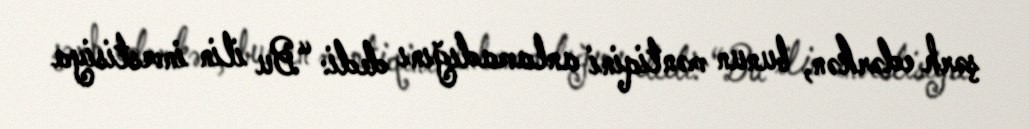
şərh edərkən, bunun məntiqini anlamadığını dedi: “Bu ilin investisiya